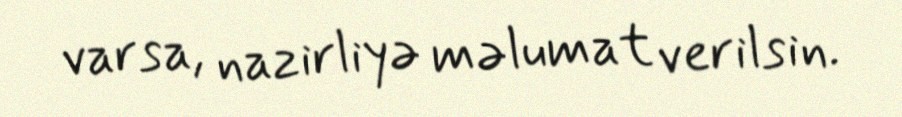
varsa, nazirliyə məlumat verilsin.